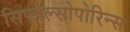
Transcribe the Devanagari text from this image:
सिफाल्सोपोरिन्स